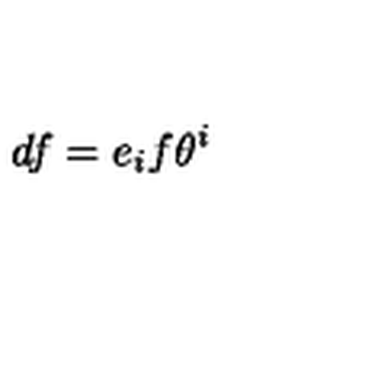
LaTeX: d f = e _ { i } f \theta ^ { i }